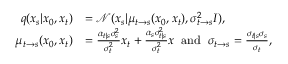
\begin{array} { r l } { q ( x _ { s } | x _ { 0 } , x _ { t } ) } & { = \mathcal { N } ( x _ { s } | \mu _ { t \rightarrow s } ( x _ { 0 } , x _ { t } ) , \sigma _ { t \rightarrow s } ^ { 2 } I ) , } \\ { \mu _ { t \rightarrow s } ( x _ { 0 } , x _ { t } ) } & { = \frac { \alpha _ { t | s } \sigma _ { s } ^ { 2 } } { \sigma _ { t } ^ { 2 } } x _ { t } + \frac { \alpha _ { s } \sigma _ { t | s } ^ { 2 } } { \sigma _ { t } ^ { 2 } } x \; \; \mathrm { a n d } \; \; \sigma _ { t \rightarrow s } = \frac { \sigma _ { t | s } \sigma _ { s } } { \sigma _ { t } } , } \end{array}